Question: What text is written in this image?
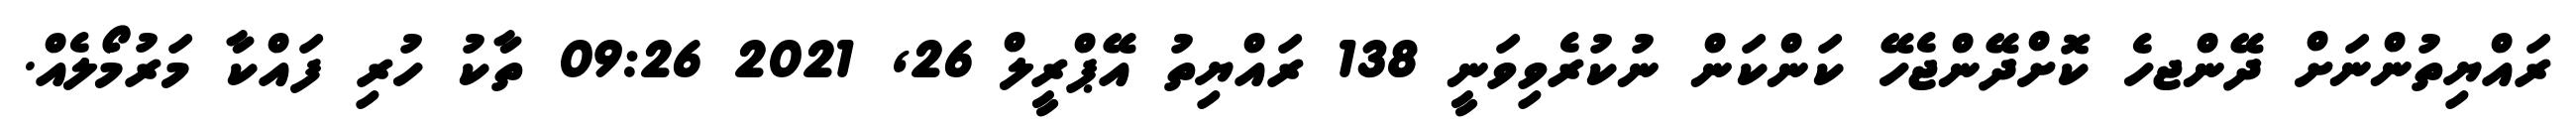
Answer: ރައްޔިތުންނަށް ދޭންޖހެ ކޮށްދޭންޖެހޭ ކަންކަން ނުކުރެވިވަނީ 138 ރައްޔިތު އޭޕްރީލް 26, 2021 09:26 ތާކު ހުރި ފައްކާ މަރުމޯލެއް.